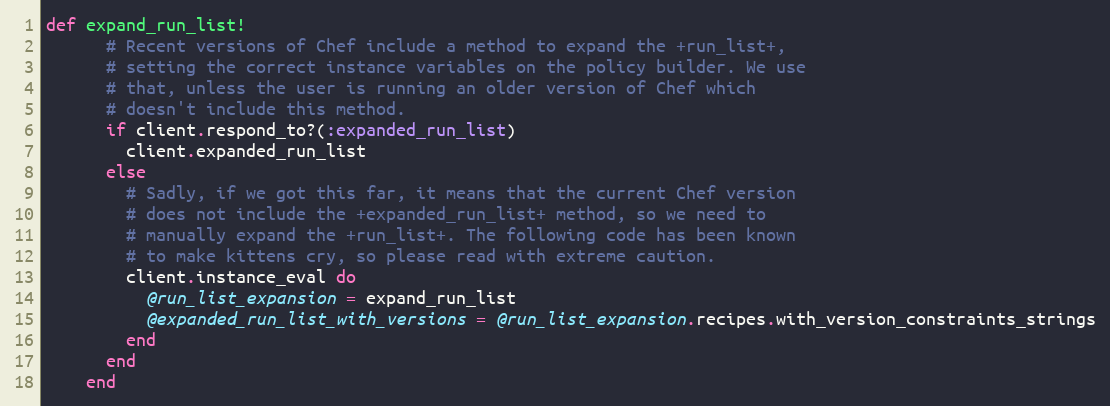
Language: Ruby
def expand_run_list!
      # Recent versions of Chef include a method to expand the +run_list+,
      # setting the correct instance variables on the policy builder. We use
      # that, unless the user is running an older version of Chef which
      # doesn't include this method.
      if client.respond_to?(:expanded_run_list)
        client.expanded_run_list
      else
        # Sadly, if we got this far, it means that the current Chef version
        # does not include the +expanded_run_list+ method, so we need to
        # manually expand the +run_list+. The following code has been known
        # to make kittens cry, so please read with extreme caution.
        client.instance_eval do
          @run_list_expansion = expand_run_list
          @expanded_run_list_with_versions = @run_list_expansion.recipes.with_version_constraints_strings
        end
      end
    end